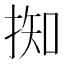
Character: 𢯙